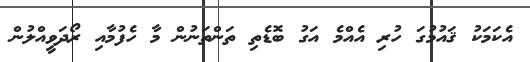
އެކަމަކު ޤައުމުގަ ހުރި އެއްމެ އަގު ބޮޑެތި ތަންތަނުން މާ ހެފުމާއި ރޯދަވީއްލުން